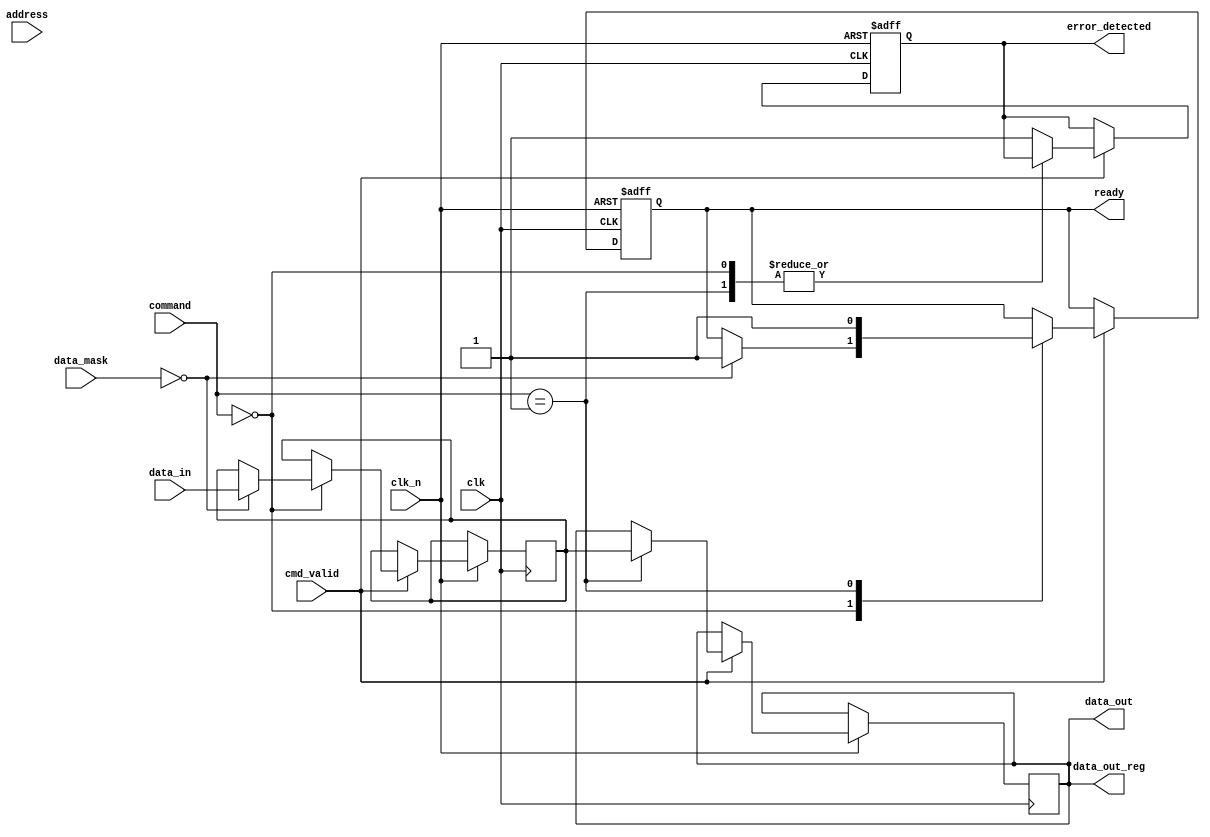
module lpddr4_io_block (
    input wire clk,               // System clock
    input wire clk_n,             // Inverted clock for differential signaling
    input wire [31:0] data_in,    // Data input (DQ)
    output wire [31:0] data_out,   // Data output (DQ)
    input wire [3:0] data_mask,    // Data mask (DM)
    input wire [15:0] address,      // Address lines (A)
    input wire cmd_valid,           // Command valid signal
    input wire [2:0] command,       // Command lines (e.g., read, write)
    output reg ready,               // Ready signal for the memory controller
    output reg [31:0] data_out_reg, // Registered output data
    output reg error_detected       // Error detection signal
);

    // Internal signals
    reg [31:0] data_buffer;          // Buffer for data
    reg [15:0] address_reg;          // Registered address
    reg cmd_ready;                   // Command ready signal

    // Timing control logic
    always @(posedge clk or negedge clk_n) begin
        if (!clk_n) begin
            // Reset logic
            ready <= 1'b0;
            cmd_ready <= 1'b0;
            error_detected <= 1'b0;
        end else begin
            // Command processing
            if (cmd_valid) begin
                address_reg <= address; // Register address
                cmd_ready <= 1'b1;      // Command is ready
                // Simulate read/write operations
                case (command)
                    3'b000: begin // Write command
                        if (!data_mask) begin
                            data_buffer <= data_in; // Store data in buffer
                            ready <= 1'b1;          // Indicate ready
                        end
                    end
                    3'b001: begin // Read command
                        data_out_reg <= data_buffer; // Output data from buffer
                        ready <= 1'b1;                // Indicate ready
                    end
                    default: begin
                        error_detected <= 1'b1; // Error handling
                    end
                endcase
            end else begin
                cmd_ready <= 1'b0; // Reset command ready
            end
        end
    end

    // Output data assignment
    assign data_out = data_out_reg;

endmodule